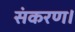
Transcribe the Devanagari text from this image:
संकरण।